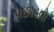
પછાડવો